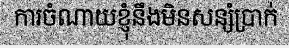
ការចំណាយខ្ញុំនឹងមិនសន្សំប្រាក់